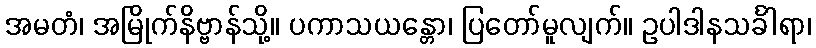
အမတံ၊ အမြိုက်နိဗ္ဗာန်သို့။ ပကာသယန္တော၊ ပြတော်မူလျက်။ ဥပါဒါနသင်္ခါရာ၊